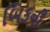
બિકની